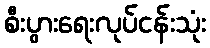
စီးပွားရေးလုပ်ငန်းသုံး